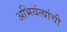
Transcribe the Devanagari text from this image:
अभियंत्यांची